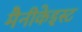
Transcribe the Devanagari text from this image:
मैनीकेइस्ट